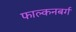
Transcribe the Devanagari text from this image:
फाल्कनबर्ग